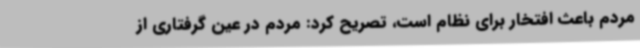
مردم باعث افتخار برای نظام است، تصریح کرد: مردم در عین گرفتاری از